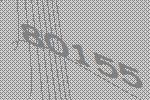
80155